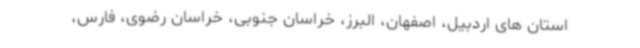
استان های اردبیل، اصفهان، البرز، خراسان جنوبی، خراسان رضوی، فارس،